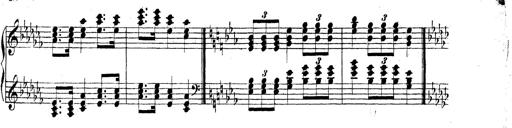
Title: Technische Studien
Composer: Franz Liszt